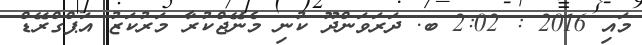
މައި 2016 : 2:02 ބ. ދަރަވަންދޫ ކުނި މެނޭޖްކުރާ މަރުކަޒު އަޕްގްރޭޑް